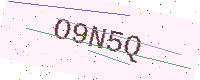
Text: O9N5Q